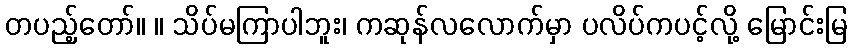
တပည့်တော်။ ။ သိပ်မကြာပါဘူး၊ ကဆုန်လလောက်မှာ ပလိပ်ကပင့်လို့ မြောင်းမြ